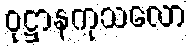
ဝုဋ္ဌာနကုသလော